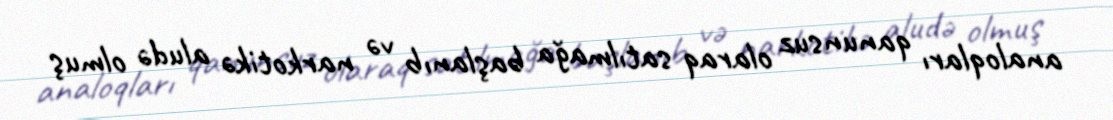
analoqları qanunsuz olaraq satılmağa başlanıb və narkotikə aludə olmuş